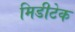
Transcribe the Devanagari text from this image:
मिडीटेक